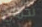
تحملي